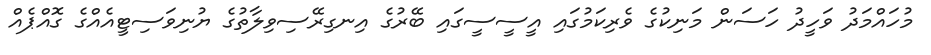
މުހައްމަދު ވަހީދު ހަސަން މަނިކުގެ ވެރިކަމުގައި އީސީސީގައި ބޭރުގެ އިނގިރޭސިވިލާތުގެ ޔުނިވަސިޓީއެއްްގެ ގޮއްޕެއް